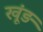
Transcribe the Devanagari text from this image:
खूंड़